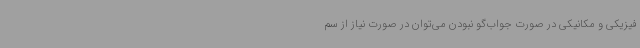
فیزیکی و مکانیکی در صورت جواب‌گو نبودن می‌توان در صورت نیاز از سم